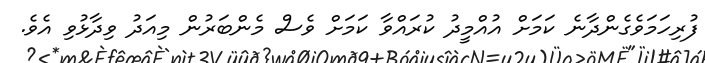
ފުރިހަމަވެގެންދާނެ ކަމަށް އުއްމީދު ކުރައްވާ ކަމަށް ވެސް މެންބަރުން މިއަދު ވިދާޅުވި އެވެ.